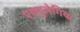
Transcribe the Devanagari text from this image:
एक्युलेगिया